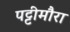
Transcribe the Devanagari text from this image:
पट्टीमौरा